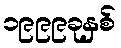
၁၉၉၉ခုနှစ်